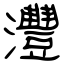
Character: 灃